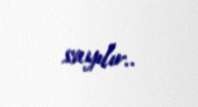
sayılır..